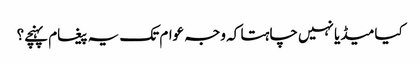
کیا میڈیا نہیں چاہتا کہ وجہ عوام تک یہ پیغام پہنچے؟